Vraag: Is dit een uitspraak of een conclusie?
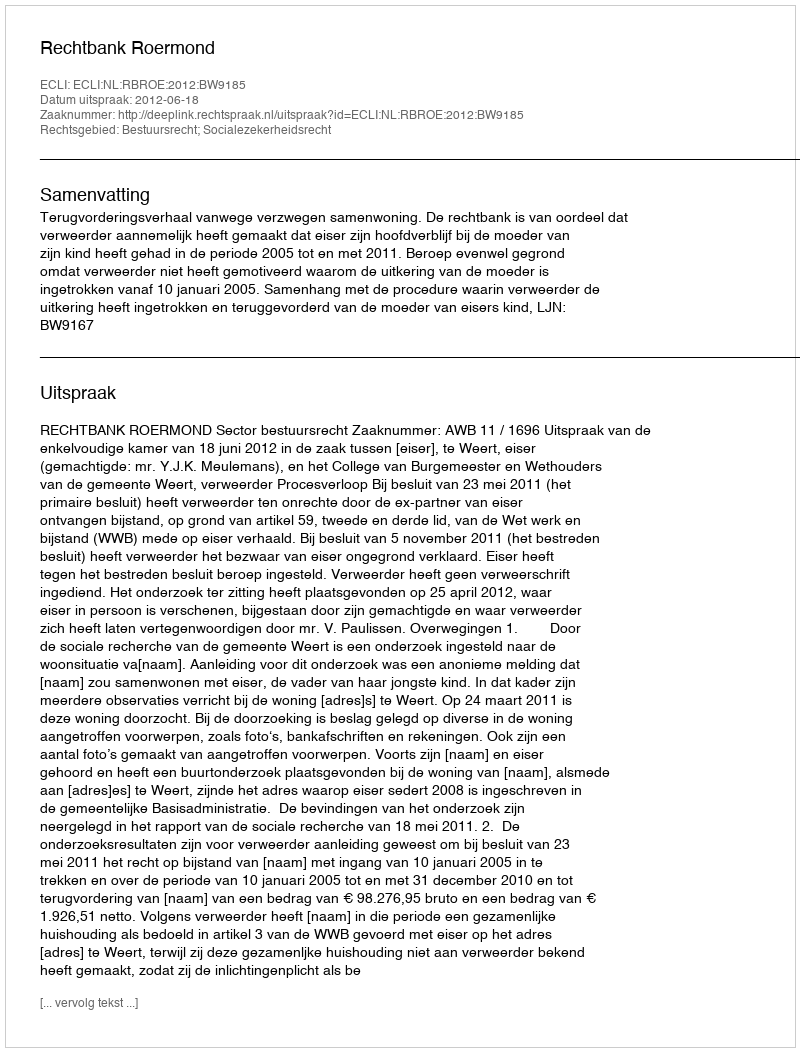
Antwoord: Uitspraak